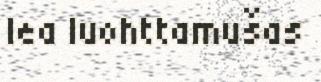
lea luohttamušas